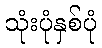
သုံးပုံနှစ်ပုံ